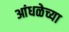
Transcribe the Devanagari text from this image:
आंधळेच्या